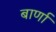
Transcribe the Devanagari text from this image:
बार्णा